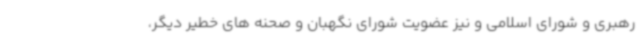
رهبری و شورای اسلامی و نیز عضویت شورای نگهبان و صحنه های خطیر دیگر،